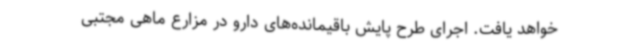
خواهد یافت. اجرای طرح پایش باقیمانده‌های دارو در مزارع ماهی مجتبی